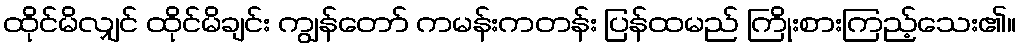
ထိုင်မိလျှင် ထိုင်မိချင်း ကျွန်တော် ကမန်းကတန်း ပြန်ထမည် ကြိုးစားကြည့်သေး၏။